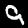
Digit: 9